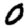
Digit: 0